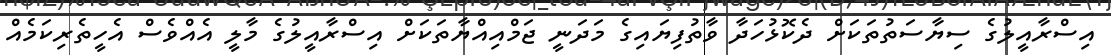
އިސްރާއީލުގެ ސިޔާސަތުތަކަށް ދެކޮޅުހަދާ ވާތުފިޔައިގެ މަދަނީ ޖަމްއިއްޔާތަކަށް އިސްރާއީލުގެ މާލީ އެއްވެސް އެހީތެރިކަމެއް